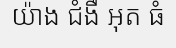
យ៉ាង ជំងឺ អុត ធំ